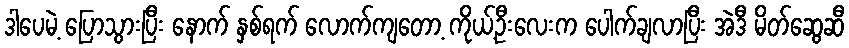
ဒါပေမဲ့ ပြောသွားပြီး နောက် နှစ်ရက် လောက်ကျတော့ ကိုယ့်ဦးလေးက ပေါက်ချလာပြီး အဲဒီ မိတ်ဆွေဆီ